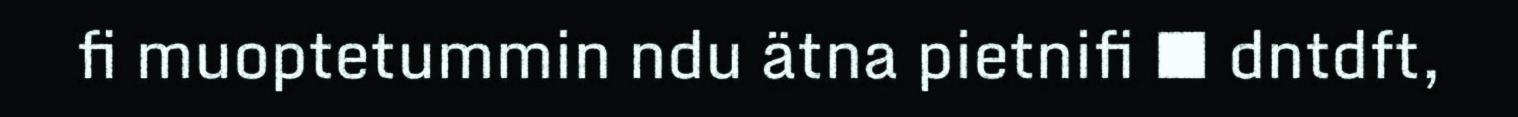
fi muoptetummin ndu ätna pietnifi ■ dntdft,